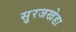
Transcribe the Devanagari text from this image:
सुरजखेडा